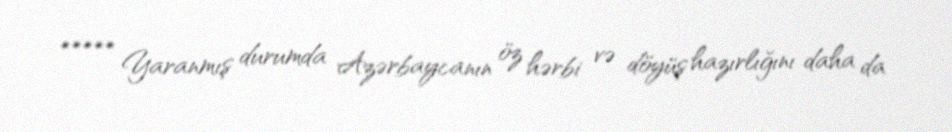
***** Yaranmış durumda Azərbaycanın öz hərbi və döyüş hazırlığını daha da